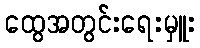
ထွေအတွင်းရေးမှူး